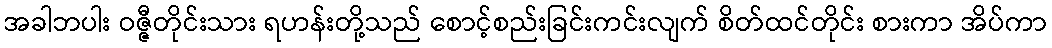
အခါဘပါး ဝဇ္ဇီတိုင်းသား ရဟန်းတို့သည် စောင့်စည်းခြင်းကင်းလျက် စိတ်ထင်တိုင်း စားကာ အိပ်ကာ